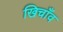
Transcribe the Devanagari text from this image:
खिचाँव